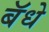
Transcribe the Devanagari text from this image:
बॅधे